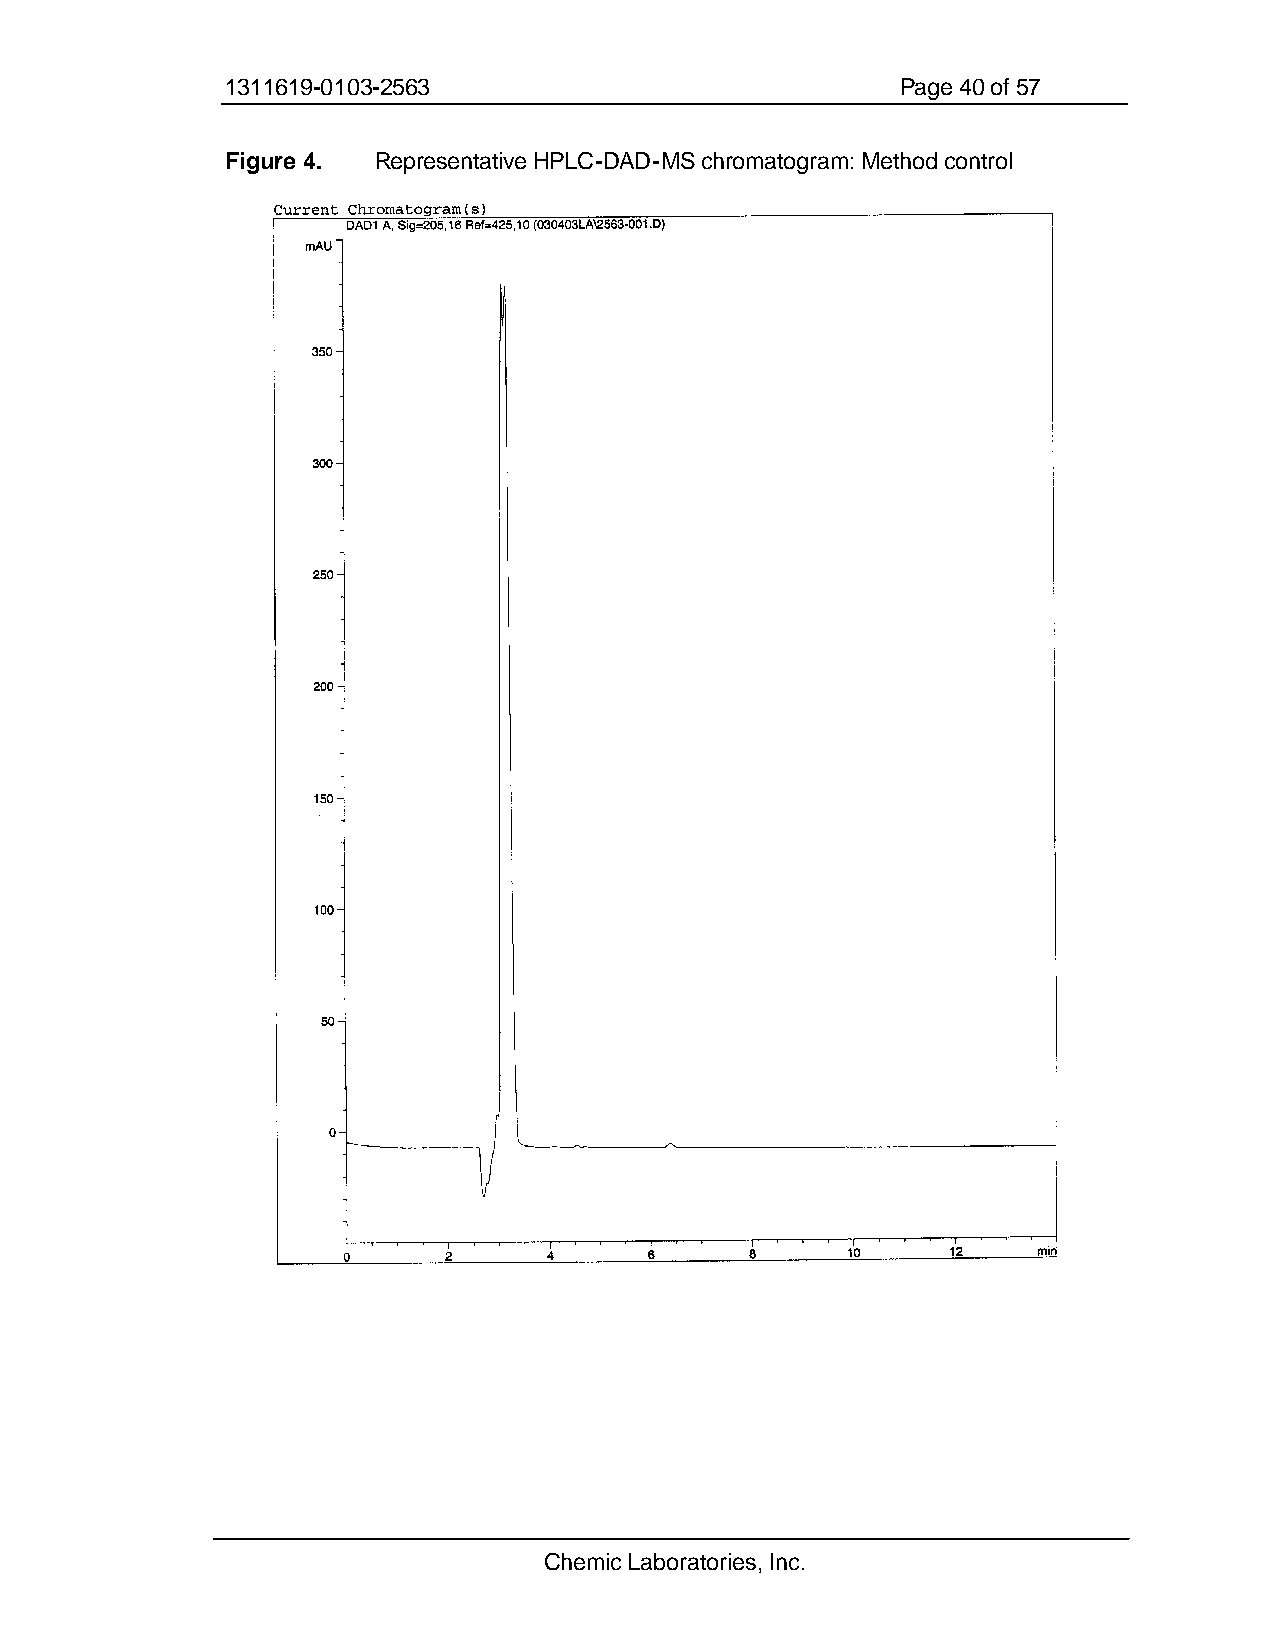
1311619-0103-2563                            Page 40 of 57
 Figure 4. Representative HPLC-DAD-MS chromatogram: Method control
 Chemic Laboratories, Inc.